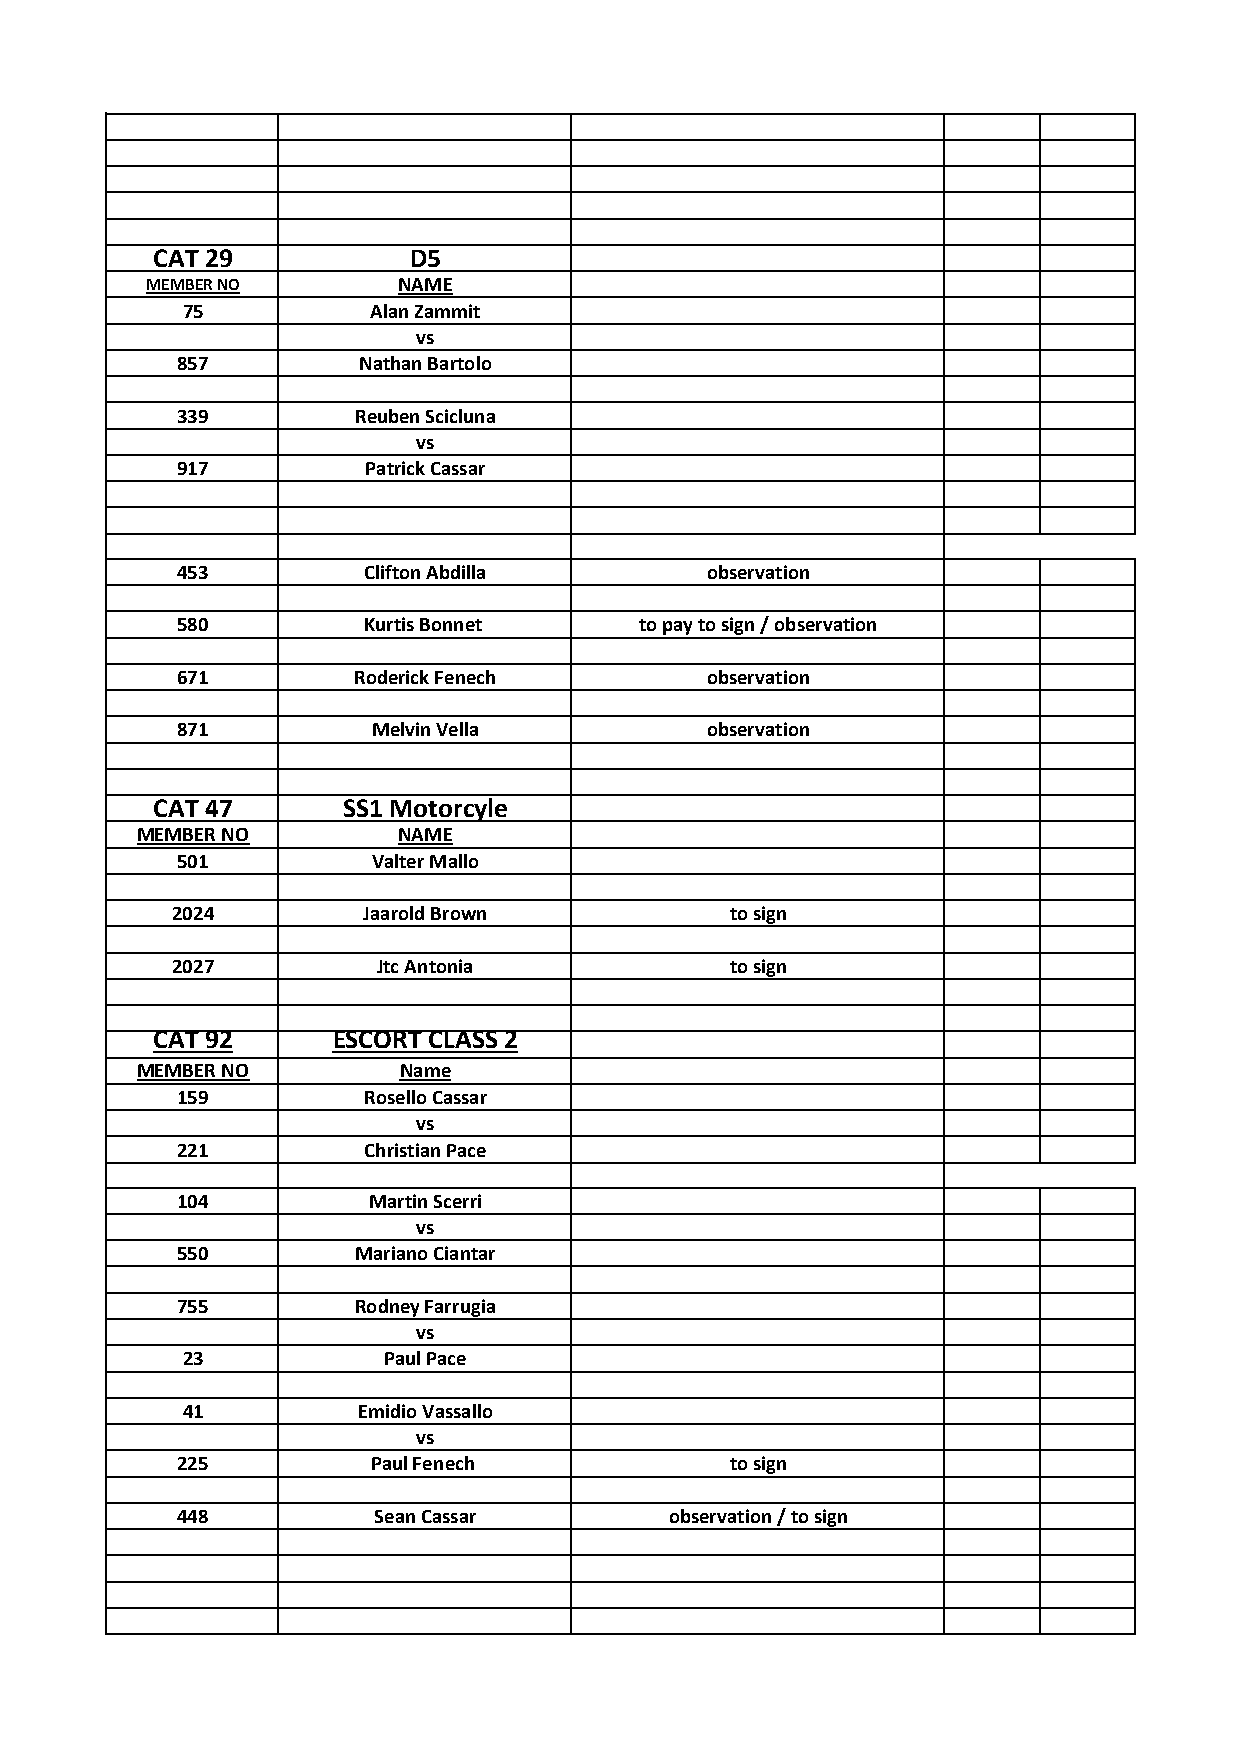
CAT 29           D5
 MEMBER NO       NAME
 75          Alan Zammit
 vs
 857         Nathan Bartolo
 339        Reuben Scicluna
 vs
 917         Patrick Cassar
 453         Clifton Abdilla        observation
 580         Kurtis Bonnet     to pay to sign / observation
 671        Roderick Fenech         observation
 871          Melvin Vella          observation
 CAT 47       SS1 Motorcyle
 MEMBER NO        NAME
 501          Valter Mallo
 2024         Jaarold Brown           to sign
 2027          Jtc Antonia            to sign
 CAT 92      ESCORT CLASS 2
 MEMBER NO        Name
 159         Rosello Cassar
 vs
 221         Christian Pace
 104         Martin Scerri
 vs
 550        Mariano Ciantar
 755        Rodney Farrugia
 vs
 23           Paul Pace
 41          Emidio Vassallo
 vs
 225          Paul Fenech            to sign
 448          Sean Cassar        observation / to sign